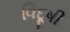
વિદૂષી